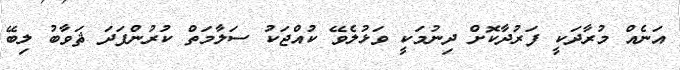
އަނެއް މުރާދަކީ ފަރުދާކޮށް ދިނުމަކީ ވަޅުލެވޭ ކުއްޖަކު ސަލާމަތް ކުރުންފަދަ ޘަވާބު ލިބޭ